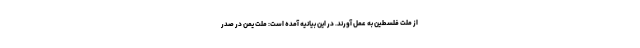
از ملت فلسطین به عمل آورند. در این بیانیه آمده است: ملت یمن در صدر